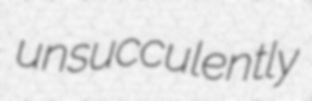
unsucculently